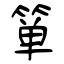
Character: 箪